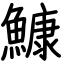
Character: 鱇